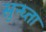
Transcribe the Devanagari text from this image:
सुन्घ्ता